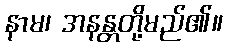
နာမ၊ အနန္တတို့မည်၏။